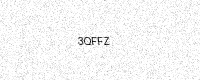
Text: 3QFFZ